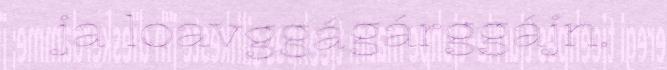
ja loavggágárggájn.